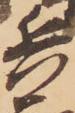
兵